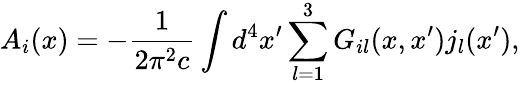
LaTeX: A_{i}(x)=-\frac{1}{2\pi^{2}c}\int d^{4}x^{\prime}\sum_{l=1}^{3}G_{il}(x,x^{\prime})j_{l}(x^{\prime}),